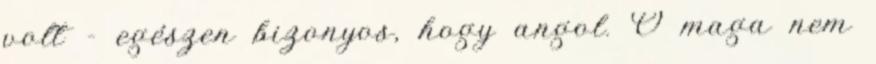
volt - egészen bizonyos, hogy angol. Ő maga nem